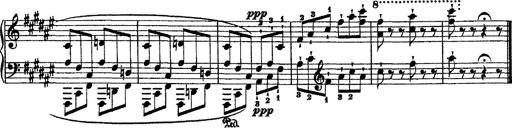
Title: 2 KonzertetÃ¼den
Composer: Franz Liszt